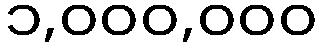
၁,၀၀၀,၀၀၀